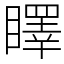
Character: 䁺